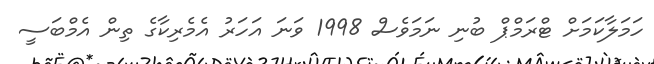
ހަމަލާކަމަށް ޓްރަމްޕް ބުނި ނަމަވެސް 1998 ވަނަ އަހަރު އެމެރިކާގެ ތިން އެމްބަސީ